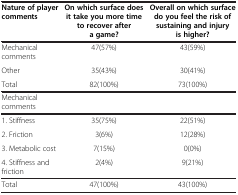
| Nature of player comments | On which surface does it take you more time to recover after a game? | Overall on which surface do you feel the risk of sustaining and injury is higher? |
 | --- | --- | --- |
 | Mechanical comments | 47(57%) | 43(59%) |
 | Other | 35(43%) | 30(41%) |
 | Total | 82(100%) | 73(100%) |
 | Mechanical comments |  |  |
 | 1. Stiffness | 35(75%) | 22(51%) |
 | 2. Friction | 3(6%) | 12(28%) |
 | 3. Metabolic cost | 7(15%) | 0(0%) |
 | 4. Stiffness and friction | 2(4%) | 9(21%) |
 | Total | 47(100%) | 43(100%) |